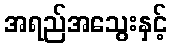
အရည်အသွေးနှင့်